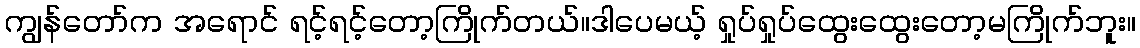
ကျွန်တော်က အရောင် ရင့်ရင့်တော့ကြိုက်တယ်။ဒါပေမယ့် ရှုပ်ရှုပ်ထွေးထွေးတော့မကြိုက်ဘူး။